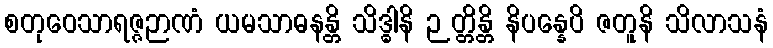
စတုဝေသာရဇ္ဇဉာဏံ ယမသာဓနန္တိ သိဒ္ဓါနိ ဉတ္တိန္တိ နိပန္နေပိ ဇတူနိ သိလာသနံ